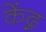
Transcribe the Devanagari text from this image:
केंद्ग